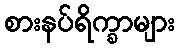
စားနပ်ရိက္ခာများ